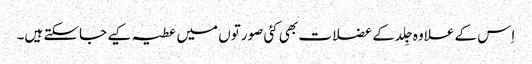
اِس کے علاوہ جِلد کے عضلات بھی کئی صورتوں میں عطیہ کیے جاسکتے ہیں۔